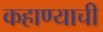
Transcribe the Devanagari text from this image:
कहाण्याची